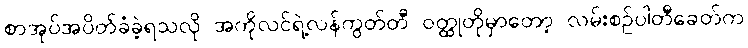
စာအုပ်အပိတ်ခံခဲ့ရသလို အကိုလင်ရဲ့လန်ကွတ်တီ ဝတ္ထုတိုမှာတော့ လမ်းစဉ်ပါတီခေတ်က